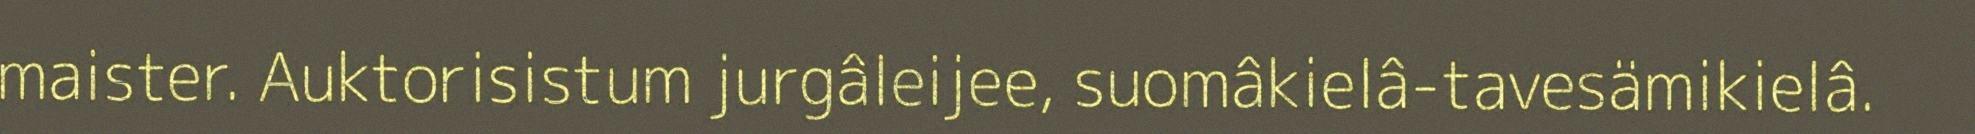
maister. Auktorisistum jurgâleijee, suomâkielâ-tavesämikielâ.